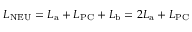
L _ { \mathrm { N E U } } = L _ { \mathrm { a } } + L _ { \mathrm { P C } } + L _ { \mathrm { b } } = 2 L _ { \mathrm { a } } + L _ { \mathrm { P C } }